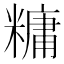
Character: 𫃍